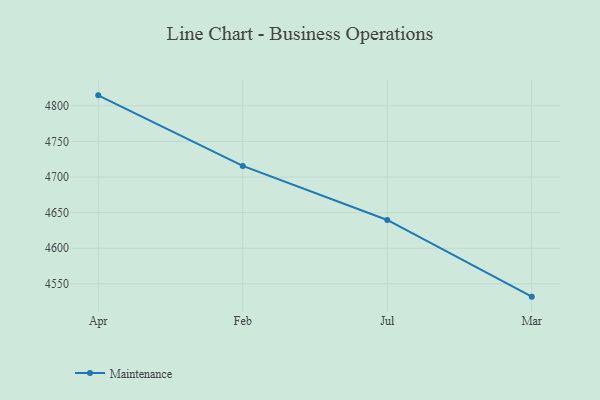
{"axis": {"x": "Month", "y": "Conversion Rate (%)"}, "legend": ["Maintenance"], "data": [{"x": "Apr", "y": 4814.8, "type": "Maintenance"}, {"x": "Feb", "y": 4715.7, "type": "Maintenance"}, {"x": "Jul", "y": 4639.7, "type": "Maintenance"}, {"x": "Mar", "y": 4532.0, "type": "Maintenance"}]}